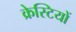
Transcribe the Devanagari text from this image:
क्रेस्टियों